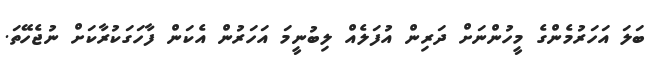
ބަލަ އަހަރުމެންގެ މީހުންނަށް ދަރިން އުފަލެއް ލިބުނީމަ އަހަރުން އެކަން ފާހަގަކުރާކަށް ނުޖެހޭތަ.